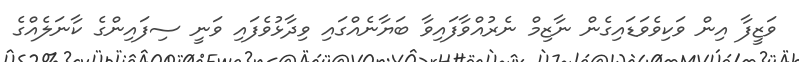
ވަޒީފާ އިން ވަކިވެވަޑައިގެން ނާޒިމް ނެރުއްވާފައިވާ ބަޔާނެއްގައި ވިދާޅުވެފައި ވަނީ ސިފައިންގެ ކާނަލެއްގެ